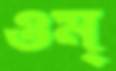
ওম্